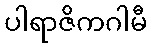
ပါရာဇိကဂါမီ